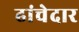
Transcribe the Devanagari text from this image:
ढांचेदार